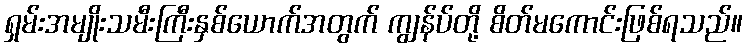
ရှမ်းအမျိုးသမီးကြီးနှစ်ယောက်အတွက် ကျွန်ပ်တို့ စိတ်မကောင်းဖြစ်ရသည်။